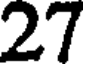
27